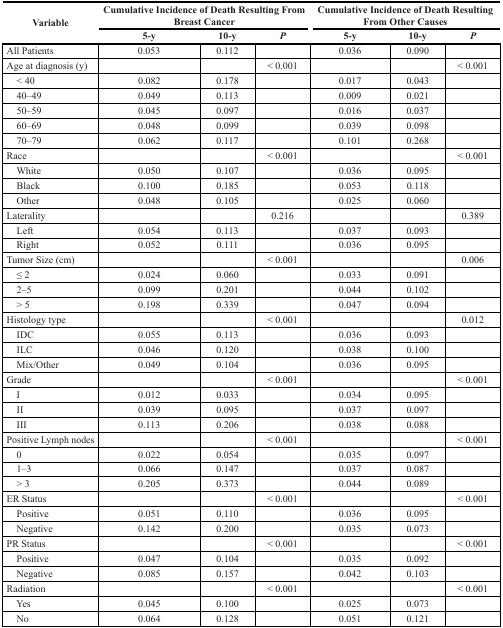
<table><thead><tr><td rowspan="2"><b>Variable</b></td><td colspan="3"><b>Cumulative Incidence of Death Resulting From Breast Cancer</b></td><td colspan="3"><b>Cumulative Incidence of Death Resulting From Other Causes</b></td></tr><tr><td><b>5-y</b></td><td><b>10-y</b></td><td><b><i>P</i></b></td><td><b>5-y</b></td><td><b>10-y</b></td><td><b><i>P</i></b></td></tr></thead><tbody><tr><td>All Patients</td><td>0.053</td><td>0.112</td><td></td><td>0.036</td><td>0.090</td><td></td></tr><tr><td>Age at diagnosis (y)</td><td></td><td></td><td>&lt; 0.001</td><td></td><td></td><td>&lt; 0.001</td></tr><tr><td> &lt; 40</td><td>0.082</td><td>0.178</td><td></td><td>0.017</td><td>0.043</td><td></td></tr><tr><td> 40–49</td><td>0.049</td><td>0.113</td><td></td><td>0.009</td><td>0.021</td><td></td></tr><tr><td> 50–59</td><td>0.045</td><td>0.097</td><td></td><td>0.016</td><td>0.037</td><td></td></tr><tr><td> 60–69</td><td>0.048</td><td>0.099</td><td></td><td>0.039</td><td>0.098</td><td></td></tr><tr><td> 70–79</td><td>0.062</td><td>0.117</td><td></td><td>0.101</td><td>0.268</td><td></td></tr><tr><td>Race</td><td></td><td></td><td>&lt; 0.001</td><td></td><td></td><td>&lt; 0.001</td></tr><tr><td> White</td><td>0.050</td><td>0.107</td><td></td><td>0.036</td><td>0.095</td><td></td></tr><tr><td> Black</td><td>0.100</td><td>0.185</td><td></td><td>0.053</td><td>0.118</td><td></td></tr><tr><td> Other</td><td>0.048</td><td>0.105</td><td></td><td>0.025</td><td>0.060</td><td></td></tr><tr><td>Laterality</td><td></td><td></td><td>0.216</td><td></td><td></td><td>0.389</td></tr><tr><td> Left</td><td>0.054</td><td>0.113</td><td></td><td>0.037</td><td>0.093</td><td></td></tr><tr><td> Right</td><td>0.052</td><td>0.111</td><td></td><td>0.036</td><td>0.095</td><td></td></tr><tr><td>Tumor Size (cm)</td><td></td><td></td><td>&lt; 0.001</td><td></td><td></td><td>0.006</td></tr><tr><td> ≤ 2</td><td>0.024</td><td>0.060</td><td></td><td>0.033</td><td>0.091</td><td></td></tr><tr><td> 2–5</td><td>0.099</td><td>0.201</td><td></td><td>0.044</td><td>0.102</td><td></td></tr><tr><td> &gt; 5</td><td>0.198</td><td>0.339</td><td></td><td>0.047</td><td>0.094</td><td></td></tr><tr><td>Histology type</td><td></td><td></td><td>&lt; 0.001</td><td></td><td></td><td>0.012</td></tr><tr><td> IDC</td><td>0.055</td><td>0.113</td><td></td><td>0.036</td><td>0.093</td><td></td></tr><tr><td> ILC</td><td>0.046</td><td>0.120</td><td></td><td>0.038</td><td>0.100</td><td></td></tr><tr><td> Mix/Other</td><td>0.049</td><td>0.104</td><td></td><td>0.036</td><td>0.095</td><td></td></tr><tr><td>Grade</td><td></td><td></td><td>&lt; 0.001</td><td></td><td></td><td>&lt; 0.001</td></tr><tr><td> I</td><td>0.012</td><td>0.033</td><td></td><td>0.034</td><td>0.095</td><td></td></tr><tr><td> II</td><td>0.039</td><td>0.095</td><td></td><td>0.037</td><td>0.097</td><td></td></tr><tr><td> III</td><td>0.113</td><td>0.206</td><td></td><td>0.038</td><td>0.088</td><td></td></tr><tr><td>Positive Lymph nodes</td><td> </td><td></td><td>&lt; 0.001</td><td></td><td></td><td>&lt; 0.001</td></tr><tr><td> 0</td><td>0.022</td><td>0.054</td><td></td><td>0.035</td><td>0.097</td><td></td></tr><tr><td> 1–3</td><td>0.066</td><td>0.147</td><td></td><td>0.037</td><td>0.087</td><td></td></tr><tr><td> &gt; 3</td><td>0.205</td><td>0.373</td><td></td><td>0.044</td><td>0.089</td><td></td></tr><tr><td>ER Status</td><td></td><td></td><td>&lt; 0.001</td><td></td><td></td><td>&lt; 0.001</td></tr><tr><td> Positive</td><td>0.051</td><td>0.110</td><td></td><td>0.036</td><td>0.095</td><td></td></tr><tr><td> Negative</td><td>0.142</td><td>0.200</td><td></td><td>0.035</td><td>0.073</td><td></td></tr><tr><td>PR Status</td><td></td><td></td><td>&lt; 0.001</td><td></td><td></td><td>&lt; 0.001</td></tr><tr><td> Positive</td><td>0.047</td><td>0.104</td><td></td><td>0.035</td><td>0.092</td><td></td></tr><tr><td> Negative</td><td>0.085</td><td>0.157</td><td></td><td>0.042</td><td>0.103</td><td></td></tr><tr><td>Radiation</td><td></td><td></td><td>&lt; 0.001</td><td></td><td></td><td>&lt; 0.001</td></tr><tr><td> Yes</td><td>0.045</td><td>0.100</td><td></td><td>0.025</td><td>0.073</td><td></td></tr><tr><td> No</td><td>0.064</td><td>0.128</td><td></td><td>0.051</td><td>0.121</td><td></td></tr></tbody></table>